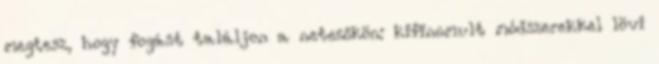
megtesz, hogy fogást találjon a netezőkön: kifinomult módszerekkel lövi